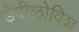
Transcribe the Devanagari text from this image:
डेवीलोविश